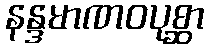
နန္ဒမာဏဝပုစ္ဆာ